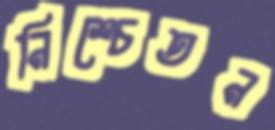
নিশ্চেতন